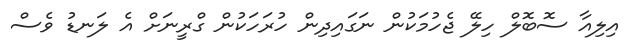
އިލިއާ ސޮބޮލް ހިލޭ ޖެހުމަކުން ނަގައިދިން ހުރަހަކުން ގްރީނަށް އެ ލަނޑު ވެސް